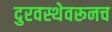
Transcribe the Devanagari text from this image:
दुरवस्थेवरूनच